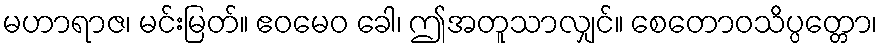
မဟာရာဇ၊ မင်းမြတ်။ ဧဝမေဝ ခေါ၊ ဤအတူသာလျှင်။ စေတောဝသိပ္ပတ္တော၊